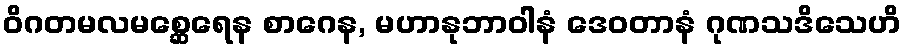
ဝိဂတမလမစ္ဆေရေန စာဂေန, မဟာနုဘာဝါနံ ဒေဝတာနံ ဂုဏသဒိသေဟိ